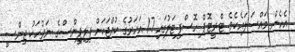
އެހެން މައްސަލައެކެވެ. ޓްރީޓޮޕް ހޮސްޕިޓަލުގައި 17 އަހަރުގެ ކުއްޖަކަށް ފިލިޕީންސްގެ ނަރުހަކު ޖިންސީ